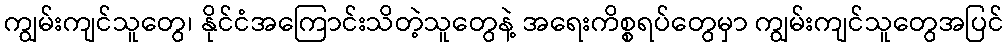
ကျွမ်းကျင်သူတွေ၊ နိုင်ငံအကြောင်းသိတဲ့သူတွေနဲ့ အရေးကိစ္စရပ်တွေမှာ ကျွမ်းကျင်သူတွေအပြင်